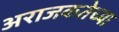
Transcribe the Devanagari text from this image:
अराजकतेच्या